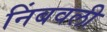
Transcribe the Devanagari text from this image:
निंबवली